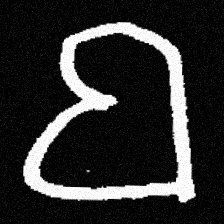
Pyu character \u2014 Myanmar letter: ဗ (romanized: ba)